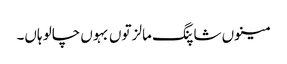
مینوں شاپنگ مالز توں بہوں چالو ہاں۔